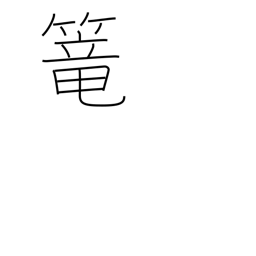
Meaning: seclude oneself